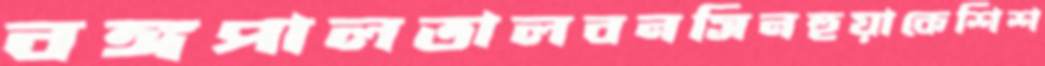
বঙ্গপালতালবনসিনহুয়াকেশিশ